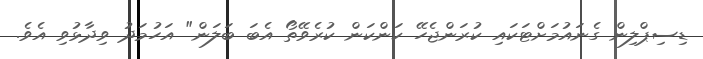
ޑިސިޕްލިން ގެނައުމަށްޓަކައި ކުރަންޖެހޭ ކަންކަން ކުރެވޭތޯ އެބަ ބަލަން" އަހުމަދު ވިދާޅުވި އެވެ.